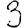
Digit: 3